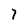
Character: 7